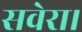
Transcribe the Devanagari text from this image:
सवेरा।